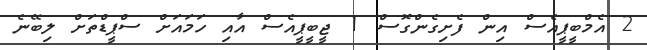
2 އެމްބީޕީއެސް އިން ފެށިގެންގޮސް 1 ޖީބީޕީއެސް އާއި ހަމައަށް ސްޕީޑްތަށް ލިބޭނެ